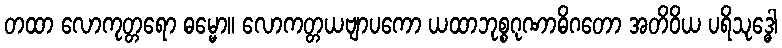
တထာ လောကုတ္တရော ဓမ္မော။ လောကတ္တယဗျာပကော ယထာဘုစ္စဂုဏာဓိဂတော အတိဝိယ ပရိသုဒ္ဓေါ